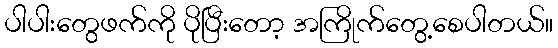
ပါပါးတွေဖက်ကို ပိုပြီးတော့ အကြိုက်တွေ့စေပါတယ်။